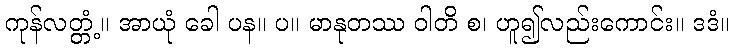
ကုန်လတ္တံ့။ အာယုံ ခေါ ပန။ ပ။ မာနုတဿ ဝါတိ စ၊ ဟူ၍လည်းကောင်း။ ဒဒံ။